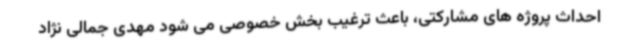
احداث پروژه های مشارکتی، باعث ترغیب بخش خصوصی می شود مهدی جمالی نژاد